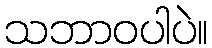
သဘာဝပါပဲ။